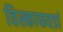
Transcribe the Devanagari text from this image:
विस्काफवर्डा